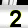
Digit: 2